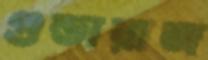
গুন্ডারাজ